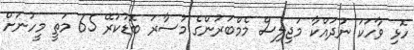
ހޮޅި ވާހަކަ ނުދައްކާ މަޖިލިސް މެމްބަރުންގެ މުސާރަ ބޮޑުކުރޭ 65 މަތީ މީހުނަށް